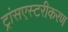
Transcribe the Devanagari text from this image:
ट्रांसएस्टरीकरण